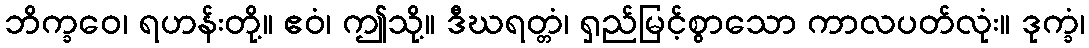
ဘိက္ခဝေ၊ ရဟန်းတို့။ ဧဝံ၊ ဤသို့။ ဒီဃရတ္တံ၊ ရှည်မြင့်စွာသော ကာလပတ်လုံး။ ဒုက္ခံ၊